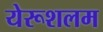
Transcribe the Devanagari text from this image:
येरूशलम